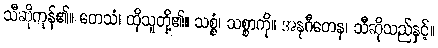
သီဆိုကုန်၏။ တေသံ၊ ထိုသူတို့၏။ သစ္စံ၊ သစ္စာကို။ အနုဂီတေန၊ သီဆိုသည်နှင့်။